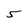
Character: 5